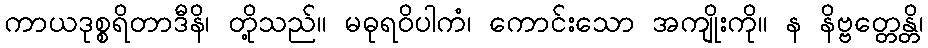
ကာယဒုစ္စရိတာဒီနိ၊ တို့သည်။ မဓုရဝိပါကံ၊ ကောင်းသော အကျိုးကို။ န နိဗ္ဗတ္တေန္တိ၊